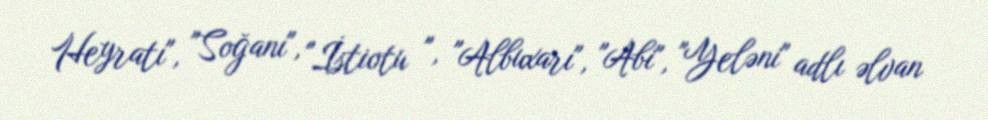
Heyratı", "Soğanı", "İstiotu ", "Albuxarı", "Abi", "Yeləni" adlı əlvan